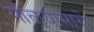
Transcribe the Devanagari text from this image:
गोळ्यांमागे